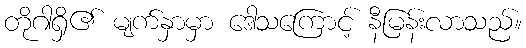
တိုဂါရှိ၏ မျက်နှာမှာ ဒေါသကြောင့် နီမြန်းလာသည်။